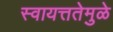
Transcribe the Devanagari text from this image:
स्वायत्ततेमुळे